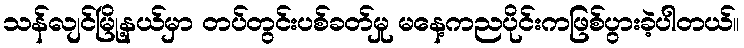
သန်လျင်မြို့နယ်မှာ တပ်တွင်းပစ်ခတ်မှု မနေ့ကညပိုင်းကဖြစ်ပွားခဲ့ပါတယ်။